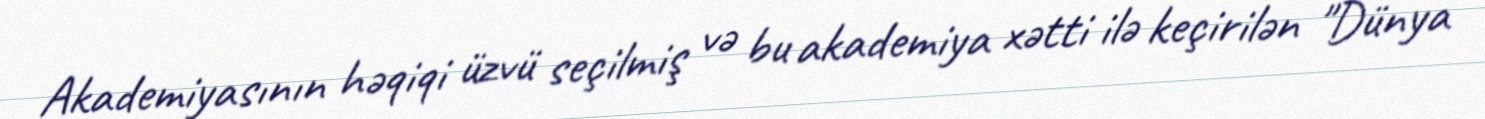
Akademiyasının həqiqi üzvü seçilmiş və bu akademiya xətti ilə keçirilən "Dünya